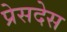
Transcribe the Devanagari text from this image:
प्रेसदेस